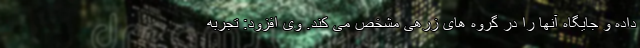
داده و جایگاه آنها را در گروه های زرهی مشخص می کند. وی افزود: تجربه